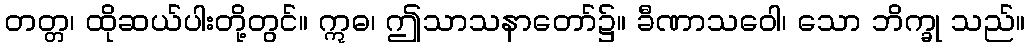
တတ္တ၊ ထိုဆယ်ပါးတို့တွင်။ ဣဓ၊ ဤသာသနာတော်၌။ ခီဏာသဝေါ၊ သော ဘိက္ခု သည်။